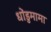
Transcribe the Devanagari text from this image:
धोंडुमामा